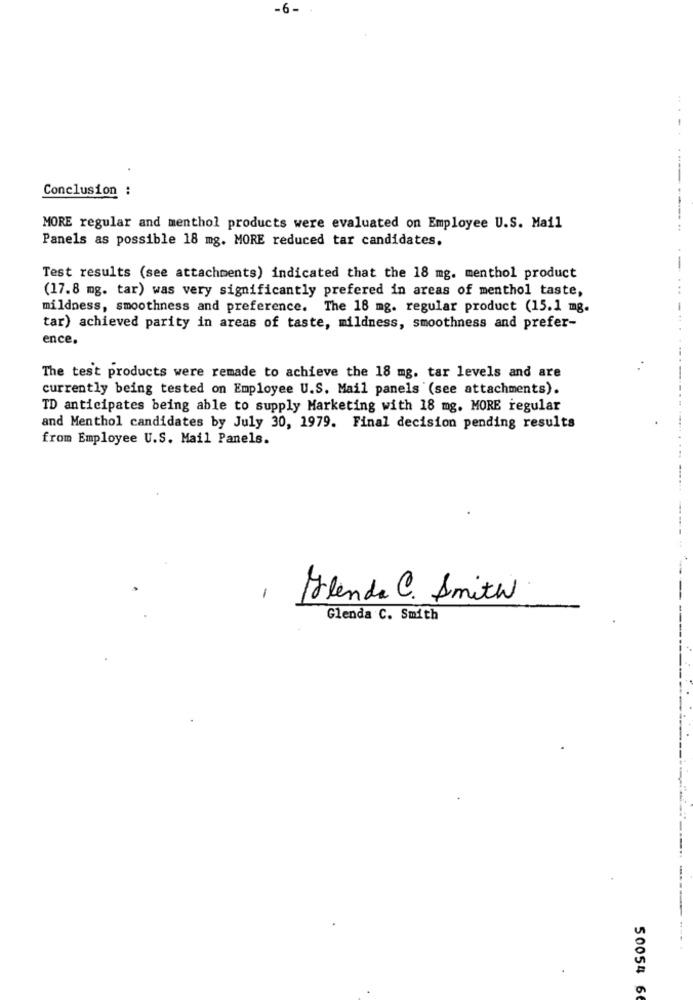
-6 -
Conclusion :
MORE regular and menthol products were evaluated on Employee U.S. Mail
..
Panels as possible 18 mg. MORE reduced tar candidates.
-
Test results (see attachments) indicated that the 18 mg. menthol product
(17.8 mg. tar) was very significantly prefered in areas of menthol taste,
mildness, smoothness and preference. The 18 mg. regular product (15.1 mg.
tar) achieved parity in areas of taste, mildness, smoothness and prefer-
ence.
The test products were remade to achieve the 18 mg, tar levels and are
currently being tested on Employee U.S. Mail panels (see attachments).
TD anticipates being able to supply Marketing with 18 mg. MORE regular
and Menthol candidates by July 30, 1979. Final decision pending results
from Employee U.S. Mail Panels.
-
Glenda C. Smith
Glenda C. Smith
50054 6